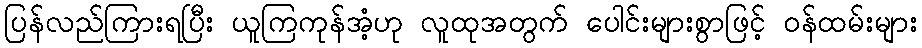
ပြန်လည်ကြားရပြီး ယူကြကုန်အံ့ဟု လူထုအတွက် ပေါင်းများစွာဖြင့် ဝန်ထမ်းများ